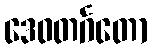
ဒေဝတင်္ဂတော